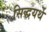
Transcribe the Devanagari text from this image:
सिद्धयर्थे